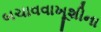
બચાવવાખૂશીના